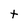
Character: t